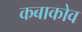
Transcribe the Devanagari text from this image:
कबाकोव